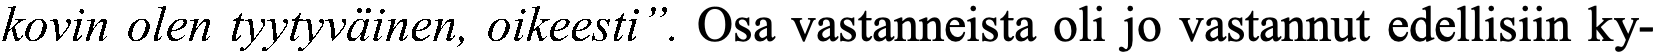
kovin olen tyytyväinen, oikeesti”. Osa vastanneista oli jo vastannut edellisiin ky-